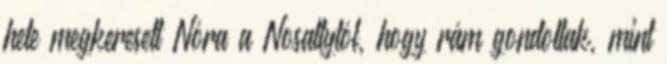
hete megkeresett Nóra a Nosaltytól, hogy rám gondoltak, mint